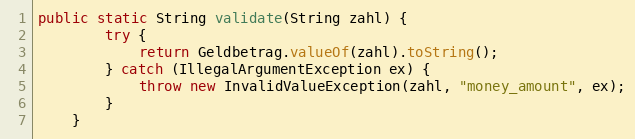
Language: Java
public static String validate(String zahl) {
        try {
            return Geldbetrag.valueOf(zahl).toString();
        } catch (IllegalArgumentException ex) {
            throw new InvalidValueException(zahl, "money_amount", ex);
        }
    }